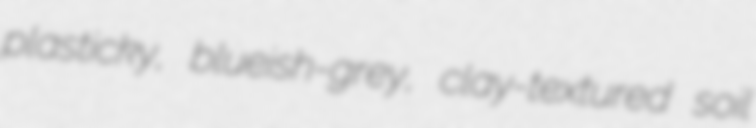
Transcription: plasticky, blueish-grey, clay-textured soil